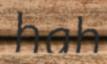
hah